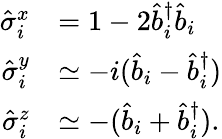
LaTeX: \begin{array}{rl}{\hat{\sigma}_{i}^{x}}&{=1-2\hat{b}_{i}^{\dagger}\hat{b}_{i}}\\ {\hat{\sigma}_{i}^{y}}&{\simeq-i(\hat{b}_{i}-\hat{b}_{i}^{\dagger})}\\ {\hat{\sigma}_{i}^{z}}&{\simeq-(\hat{b}_{i}+\hat{b}_{i}^{\dagger}).}\end{array}